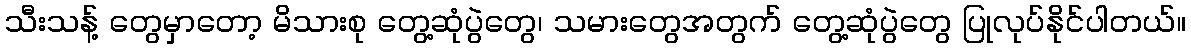
သီးသန့် တွေမှာတော့ မိသားစု တွေ့ဆုံပွဲတွေ၊ သမားတွေအတွက် တွေ့ဆုံပွဲတွေ ပြုလုပ်နိုင်ပါတယ်။